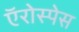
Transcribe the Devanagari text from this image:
ऍरोस्पेस